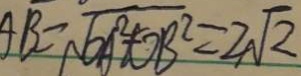
A B = \sqrt { O A ^ { 2 } + O B ^ { 2 } } = 2 \sqrt { 2 }